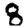
Digit: 8